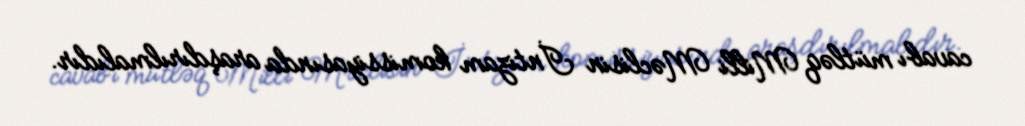
cavabı mütləq Milli Məclisin İntizam komissiyasında araşdırılmalıdır.